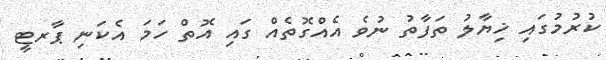
ކުރުމުގައި ޚިޔާލު ތަފާތު ނުވެ އެއްގޮތެއް ގައި އޮތް ހަމަ އެކަނި ޕާރޓީ